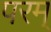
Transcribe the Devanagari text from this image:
परम्‌